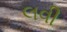
લવી